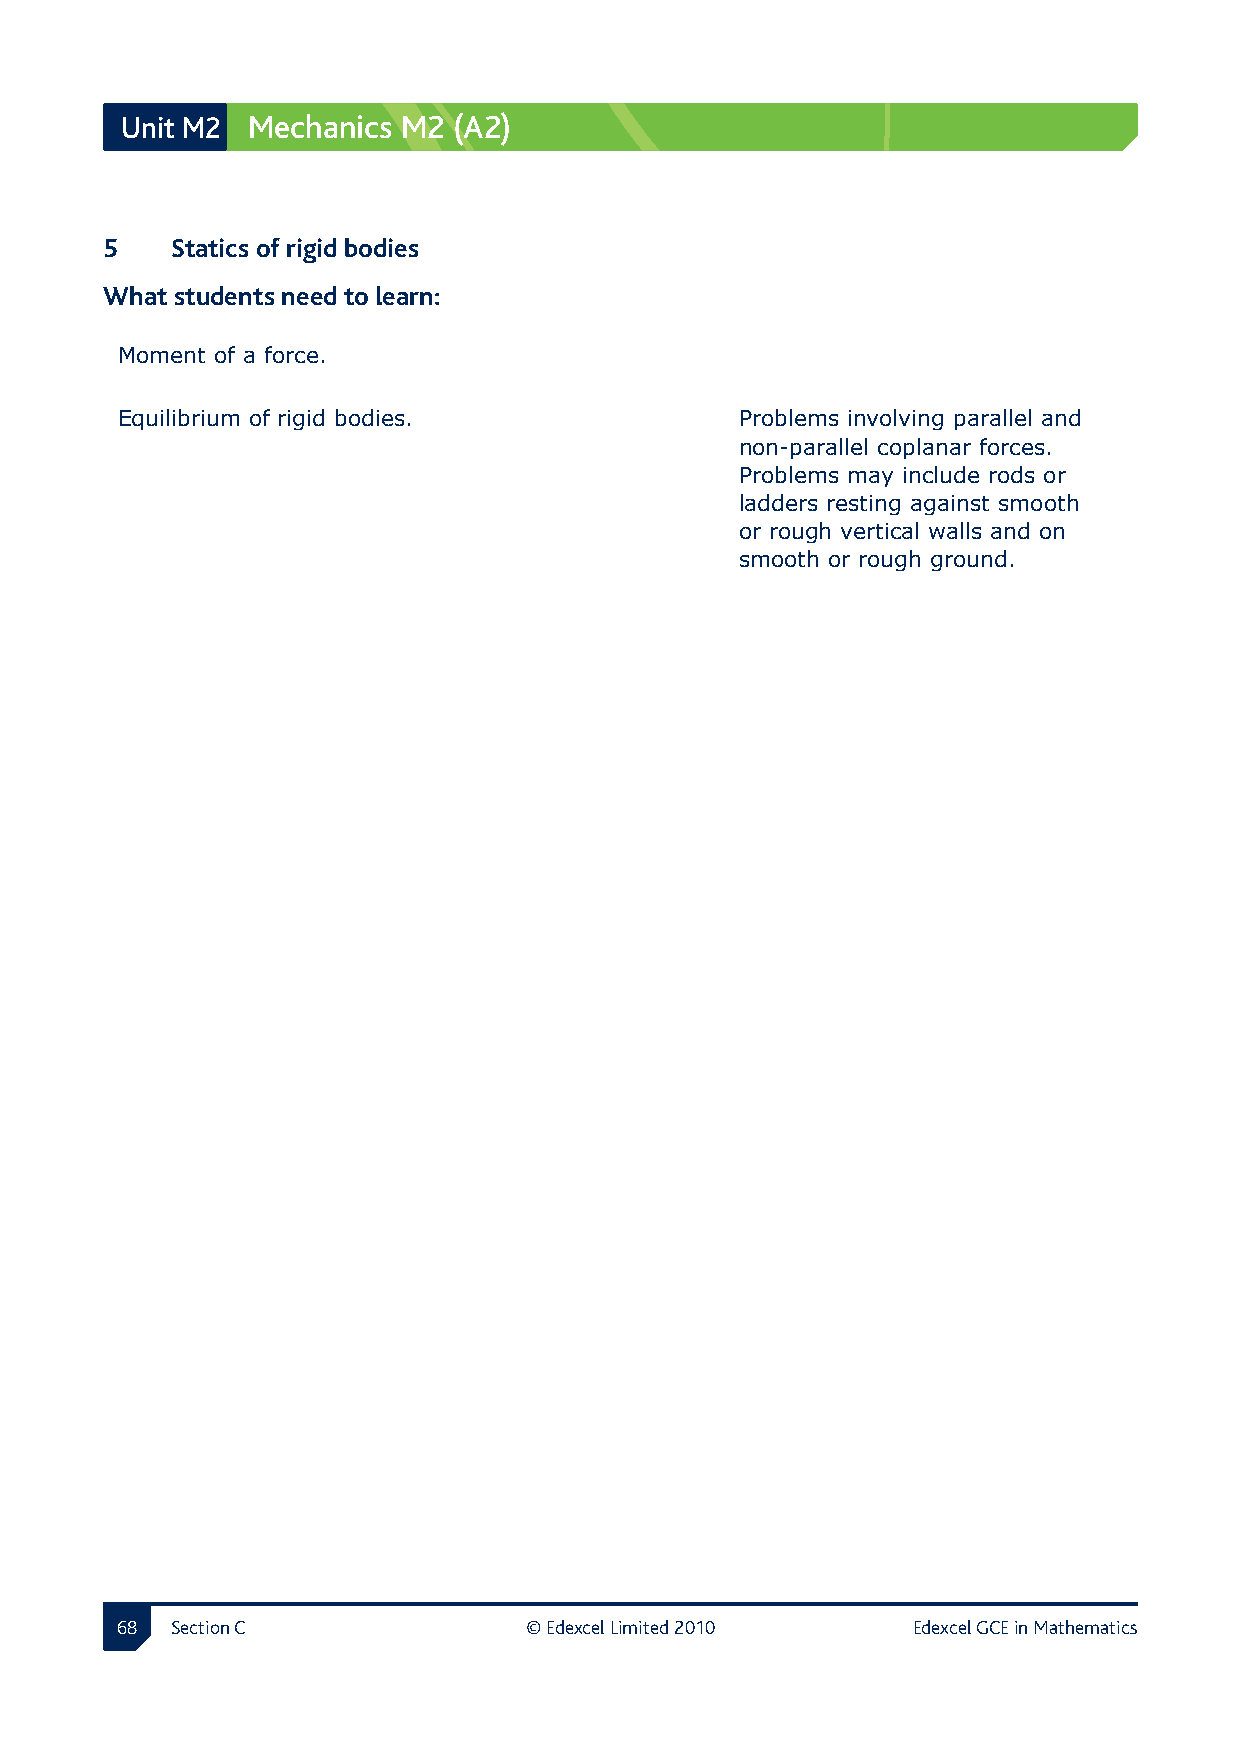
Unit M2 Mechanics  M2 (A2)
 5  Statics of rigid bodies
 What students need to learn:
 Moment of a force.
 Equilibrium of rigid bodies.             Problems involving parallel and
 non-parallel coplanar forces.
 Problems may include rods or
 ladders resting against smooth
 or rough vertical walls and on
 smooth or rough ground.
  Section C               © Edexcel Limited 2010   Edexcel GCE in Mathematics